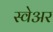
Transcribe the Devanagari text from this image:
स्वेअर